65_HS1-834228961_62-HQ-83894_Section_2
Agency: FBI
Page 6
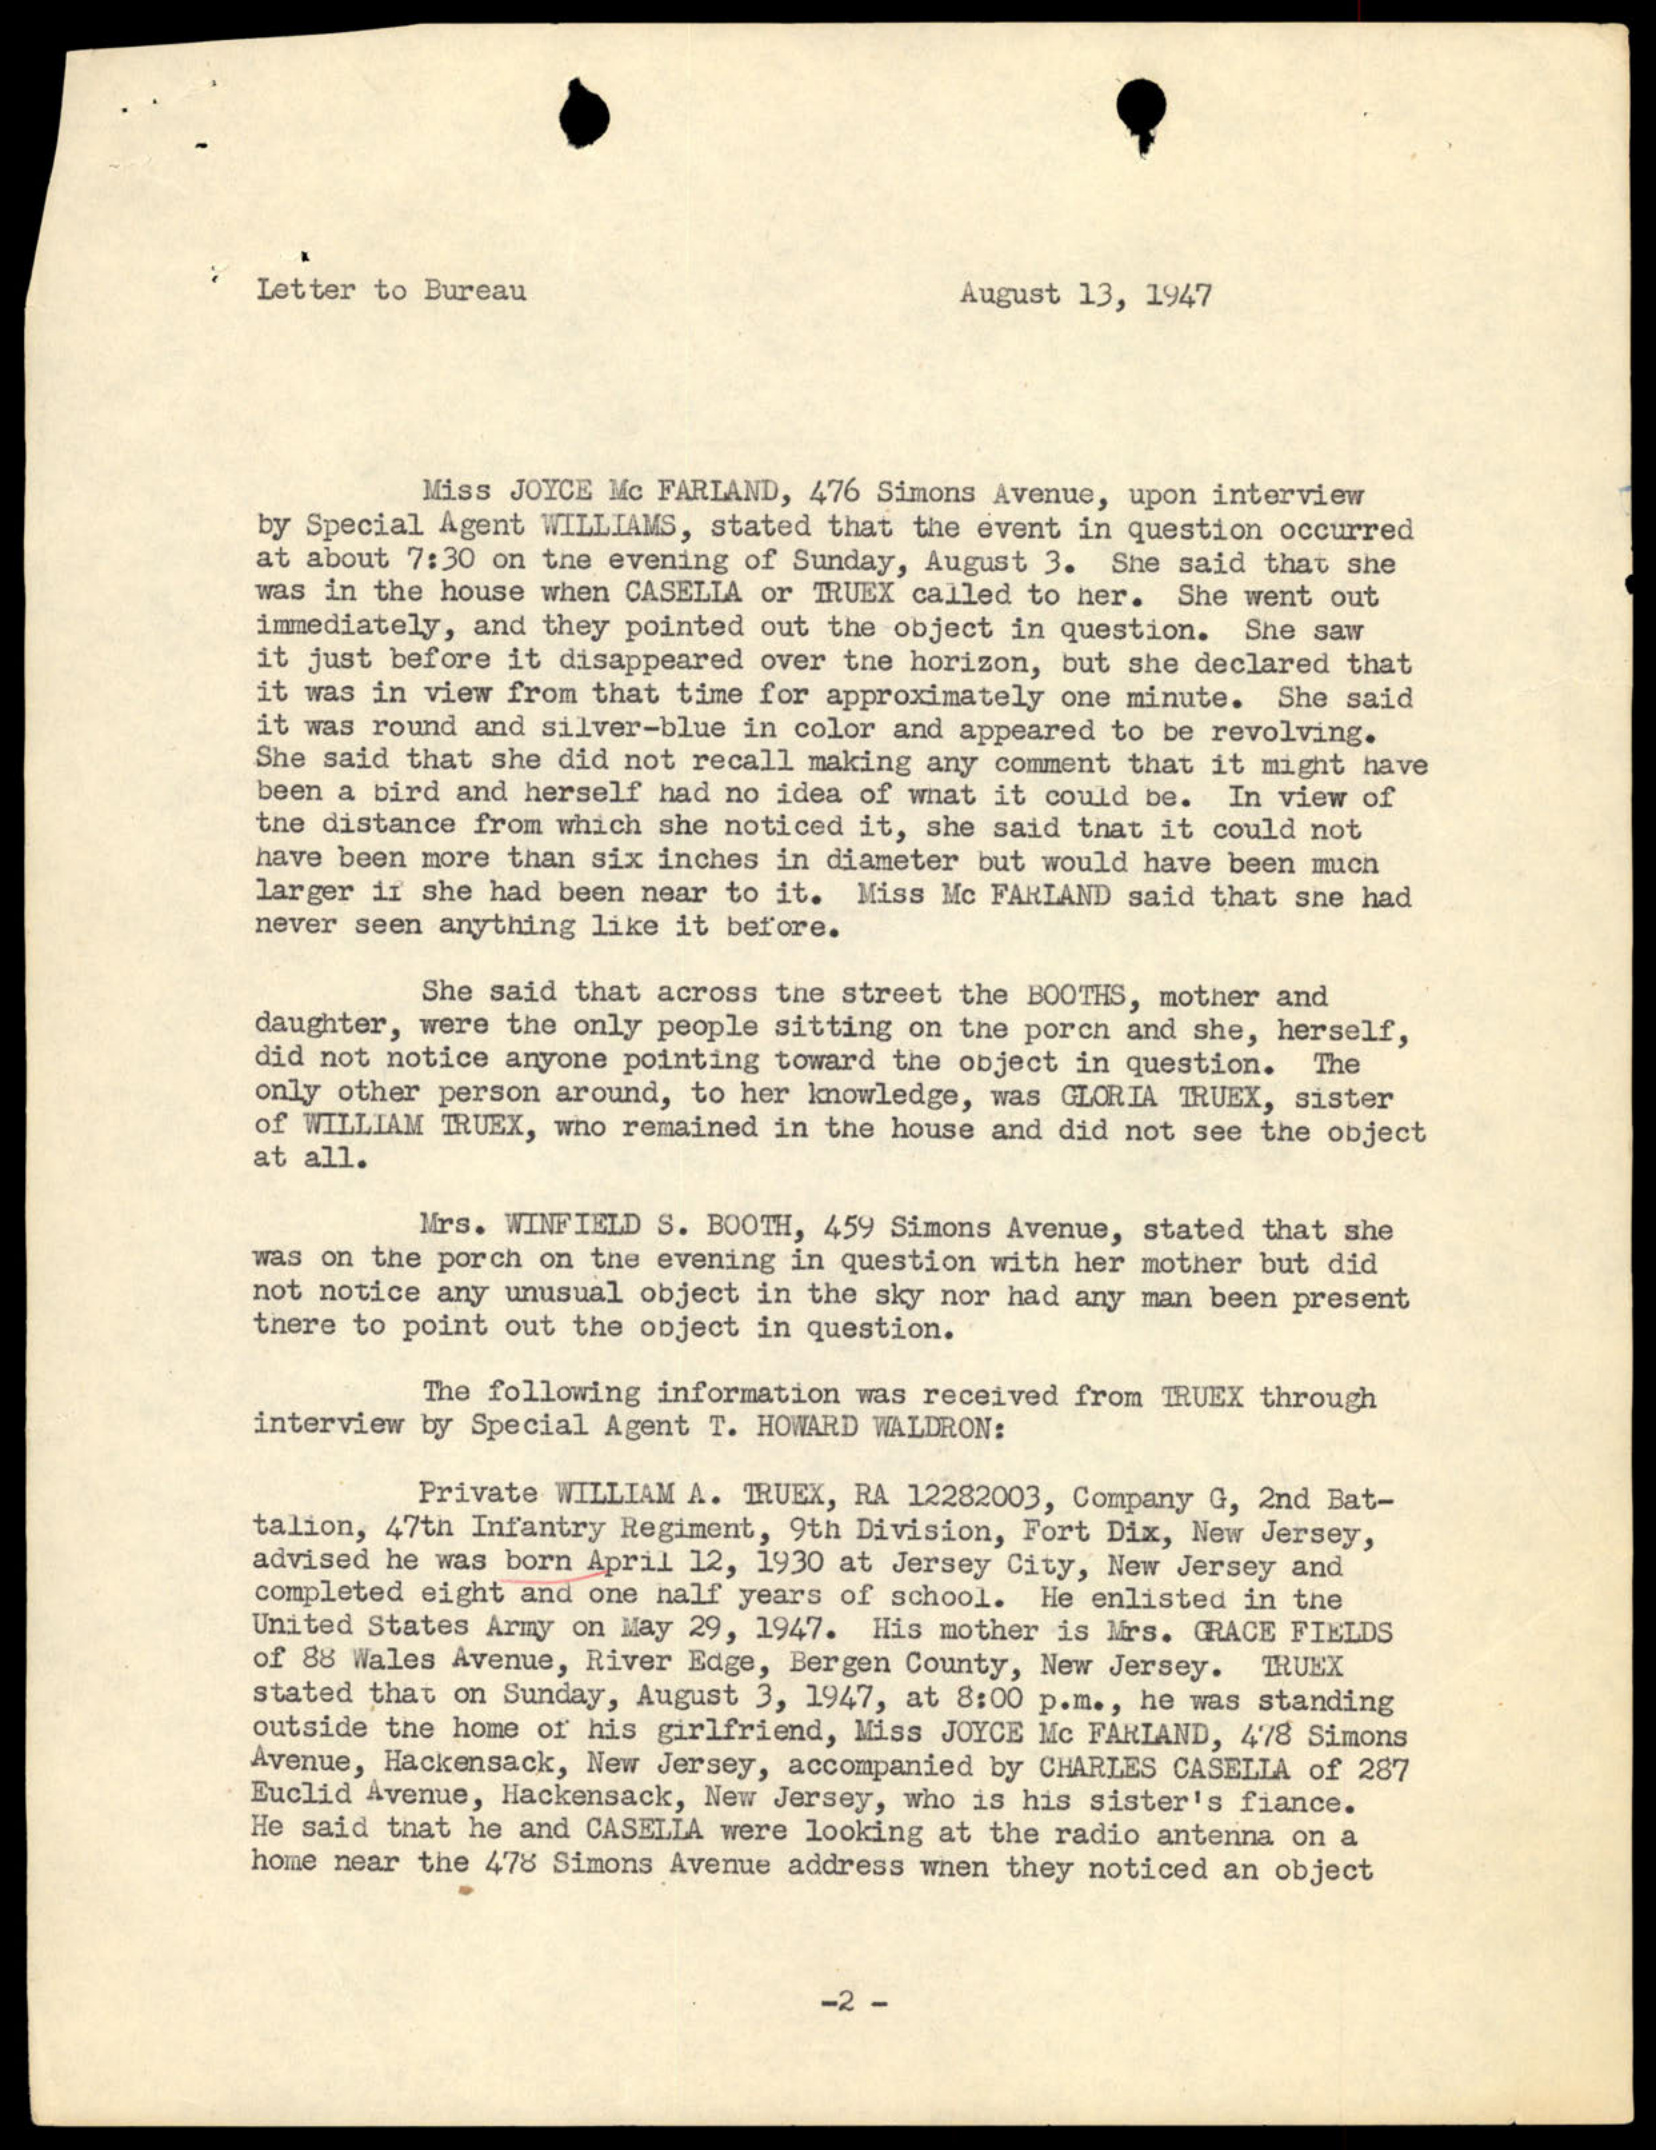